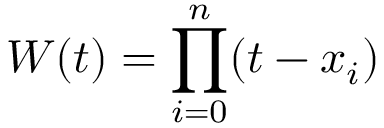
W ( t ) = \prod _ { i = 0 } ^ { n } ( t - x _ { i } )